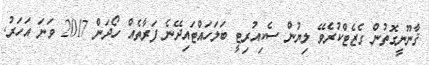
ޤާނޫނީގޮތުން ގެޒެޓްކުރެވޭ ލިޔުން ސެކިއުރިޓީ ބަލަހައްޓައިދޭނެ ފަރާތެއް ހޯދަން 2017 ވަނަ އަހަރު